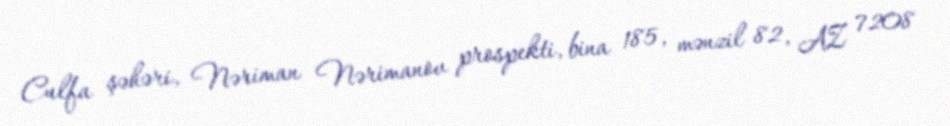
Culfa şəhəri, Nəriman Nərimanov prospekti, bina 185, mənzil 82, AZ 7208